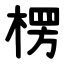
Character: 楞